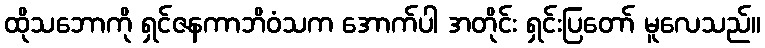
ထိုသဘောကို ရှင်ဇနကာဘိဝံသက အောက်ပါ အတိုင်း ရှင်းပြတော် မူလေသည်။